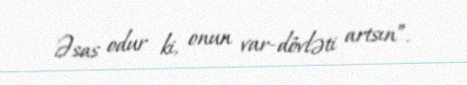
Əsas odur ki, onun var-dövləti artsın”.